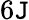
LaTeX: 6\mathtt{J}